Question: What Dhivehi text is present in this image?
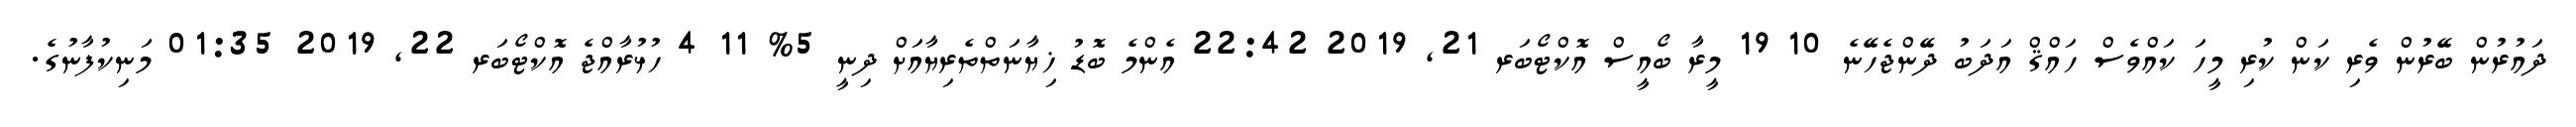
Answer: ދައުރުން ބޭރުން ވެރި ކަން ކުރި މީހަ ކައްވެސް ހައްޤް އަދަބު ދޭންޖެހޭނެ 10 19 މީރާ ބޯއީސް އޮކްޓޯބަރ 21, 2019 22:42 އެންމެ ބޮޑު ޚިޔާނަތްތެރިޔާއަށް ދިނީ 5% 11 4 ހުޅުރާއްޖެ އޮކްޓޯބަރ 22, 2019 01:35 މަނިކުފާނުގެ.